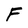
Character: F